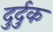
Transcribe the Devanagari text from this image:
दुर्दुक